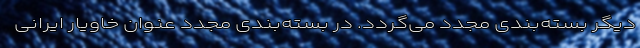
دیگر بسته‌بندی مجدد می‌گردد. در بسته‌بندی مجدد عنوان خاویار ایرانی